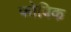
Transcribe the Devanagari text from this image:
फोबिक